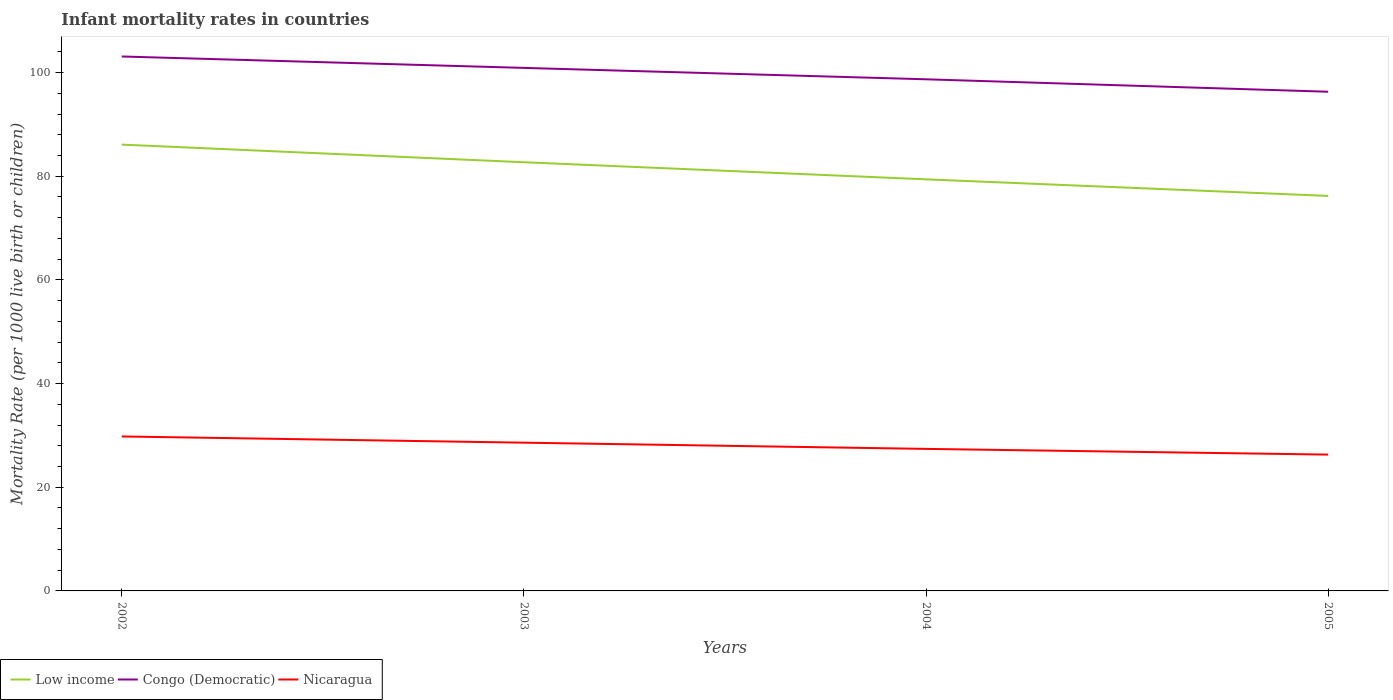
| Years | Low income | Congo (Democratic) | Nicaragua |
 | --- | --- | --- | --- |
 | 2002 | 86.1 | 103 | 29.8 |
 | 2003 | 82.7 | 101 | 28.6 |
 | 2004 | 79.4 | 98.7 | 27.4 |
 | 2005 | 76.2 | 96.3 | 26.3 |